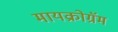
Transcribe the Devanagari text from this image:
मायक्रोग्रॅम